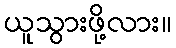
ယူသွားဖို့လား။